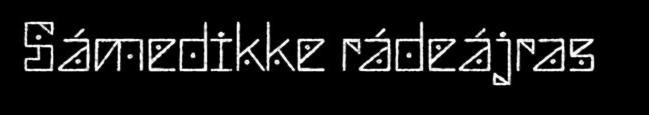
Sámedikke rádeájras